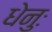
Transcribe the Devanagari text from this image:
धेनुः